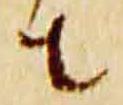
者